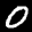
Label: 0